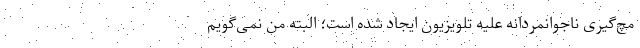
مچ‌گیری ناجوانمردانه علیه تلویزیون ایجاد شده است؛ البته من نمی‌گویم